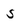
Character: 5